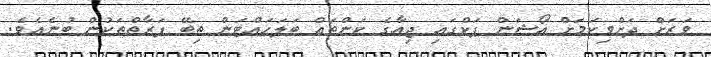
ވަރަށް ދަށްވިކަމަށް އޯޝަން ޕަކްގައި ޖިއާގެ ކަންތައް ބަލަހައްޓަން ތިބޭ ފަރާތްތަކުން ބުނެއެވެ.